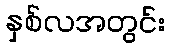
နှစ်လအတွင်း